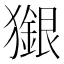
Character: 𤢲